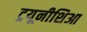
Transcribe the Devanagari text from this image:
ट्रयूनीशिआ